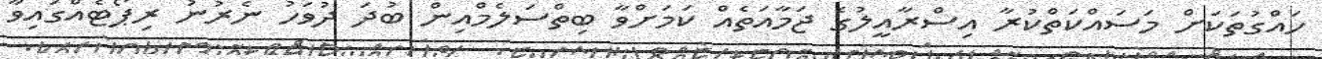
ހައްގުތަކަށް މަސައްކަތްކުރާ އިސްރާއީލުގެ ޖަމާއަތެއް ކަމަށްވާ ބިތްސަލެމްއިން ބުދަ ދުވަހު ނެރުނު ރިޕޯޓެެއްގައިވާ